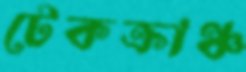
টেকক্রাঞ্চ